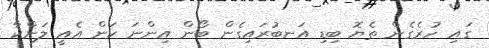
ގައި ހުރެގެން ތެޔޮ ބިޑި އަނބުރައިގެން ބޯން އިންނަ ކަން އެއީ ލަންކާ